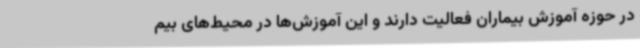
در حوزه آموزش بیماران فعالیت دارند و این آموزش‌ها در محیط‌های بیم